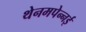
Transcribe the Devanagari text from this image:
थेनमपेन्नई